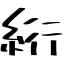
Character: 絎